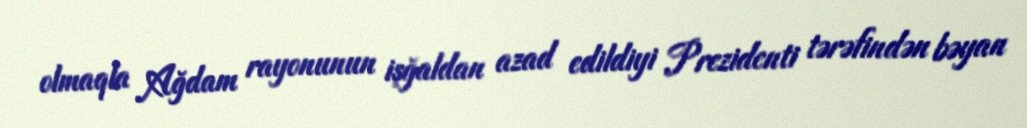
olmaqla Ağdam rayonunun işğaldan azad edildiyi Prezidenti tərəfindən bəyan